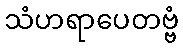
သံဟရာပေတဗ္ဗံ